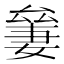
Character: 𠬎